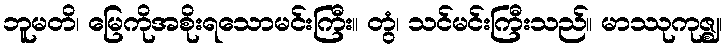
ဘူမတိ၊ မြေကိုအစိုးရသောမင်းကြီး။ တွံ၊ သင်မင်းကြီးသည်။ မာဿုကုဇ္ဈ၊